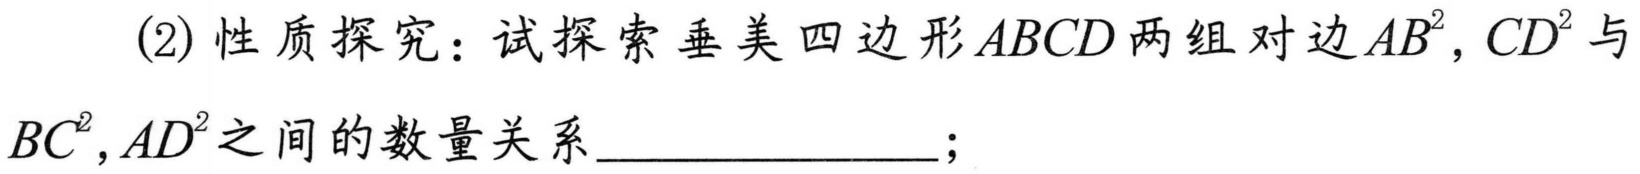
(2) 性质探究：试探索垂美四边形$ABCD$两组对边$AB^{2},CD^{2}$与$BC^{2},AD^{2}$之间的数量关系  ；